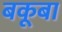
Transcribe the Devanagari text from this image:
बकूबा